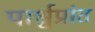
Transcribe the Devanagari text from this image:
पार्श्वप्रांत